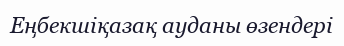
Еңбекшіқазақ ауданы өзендері